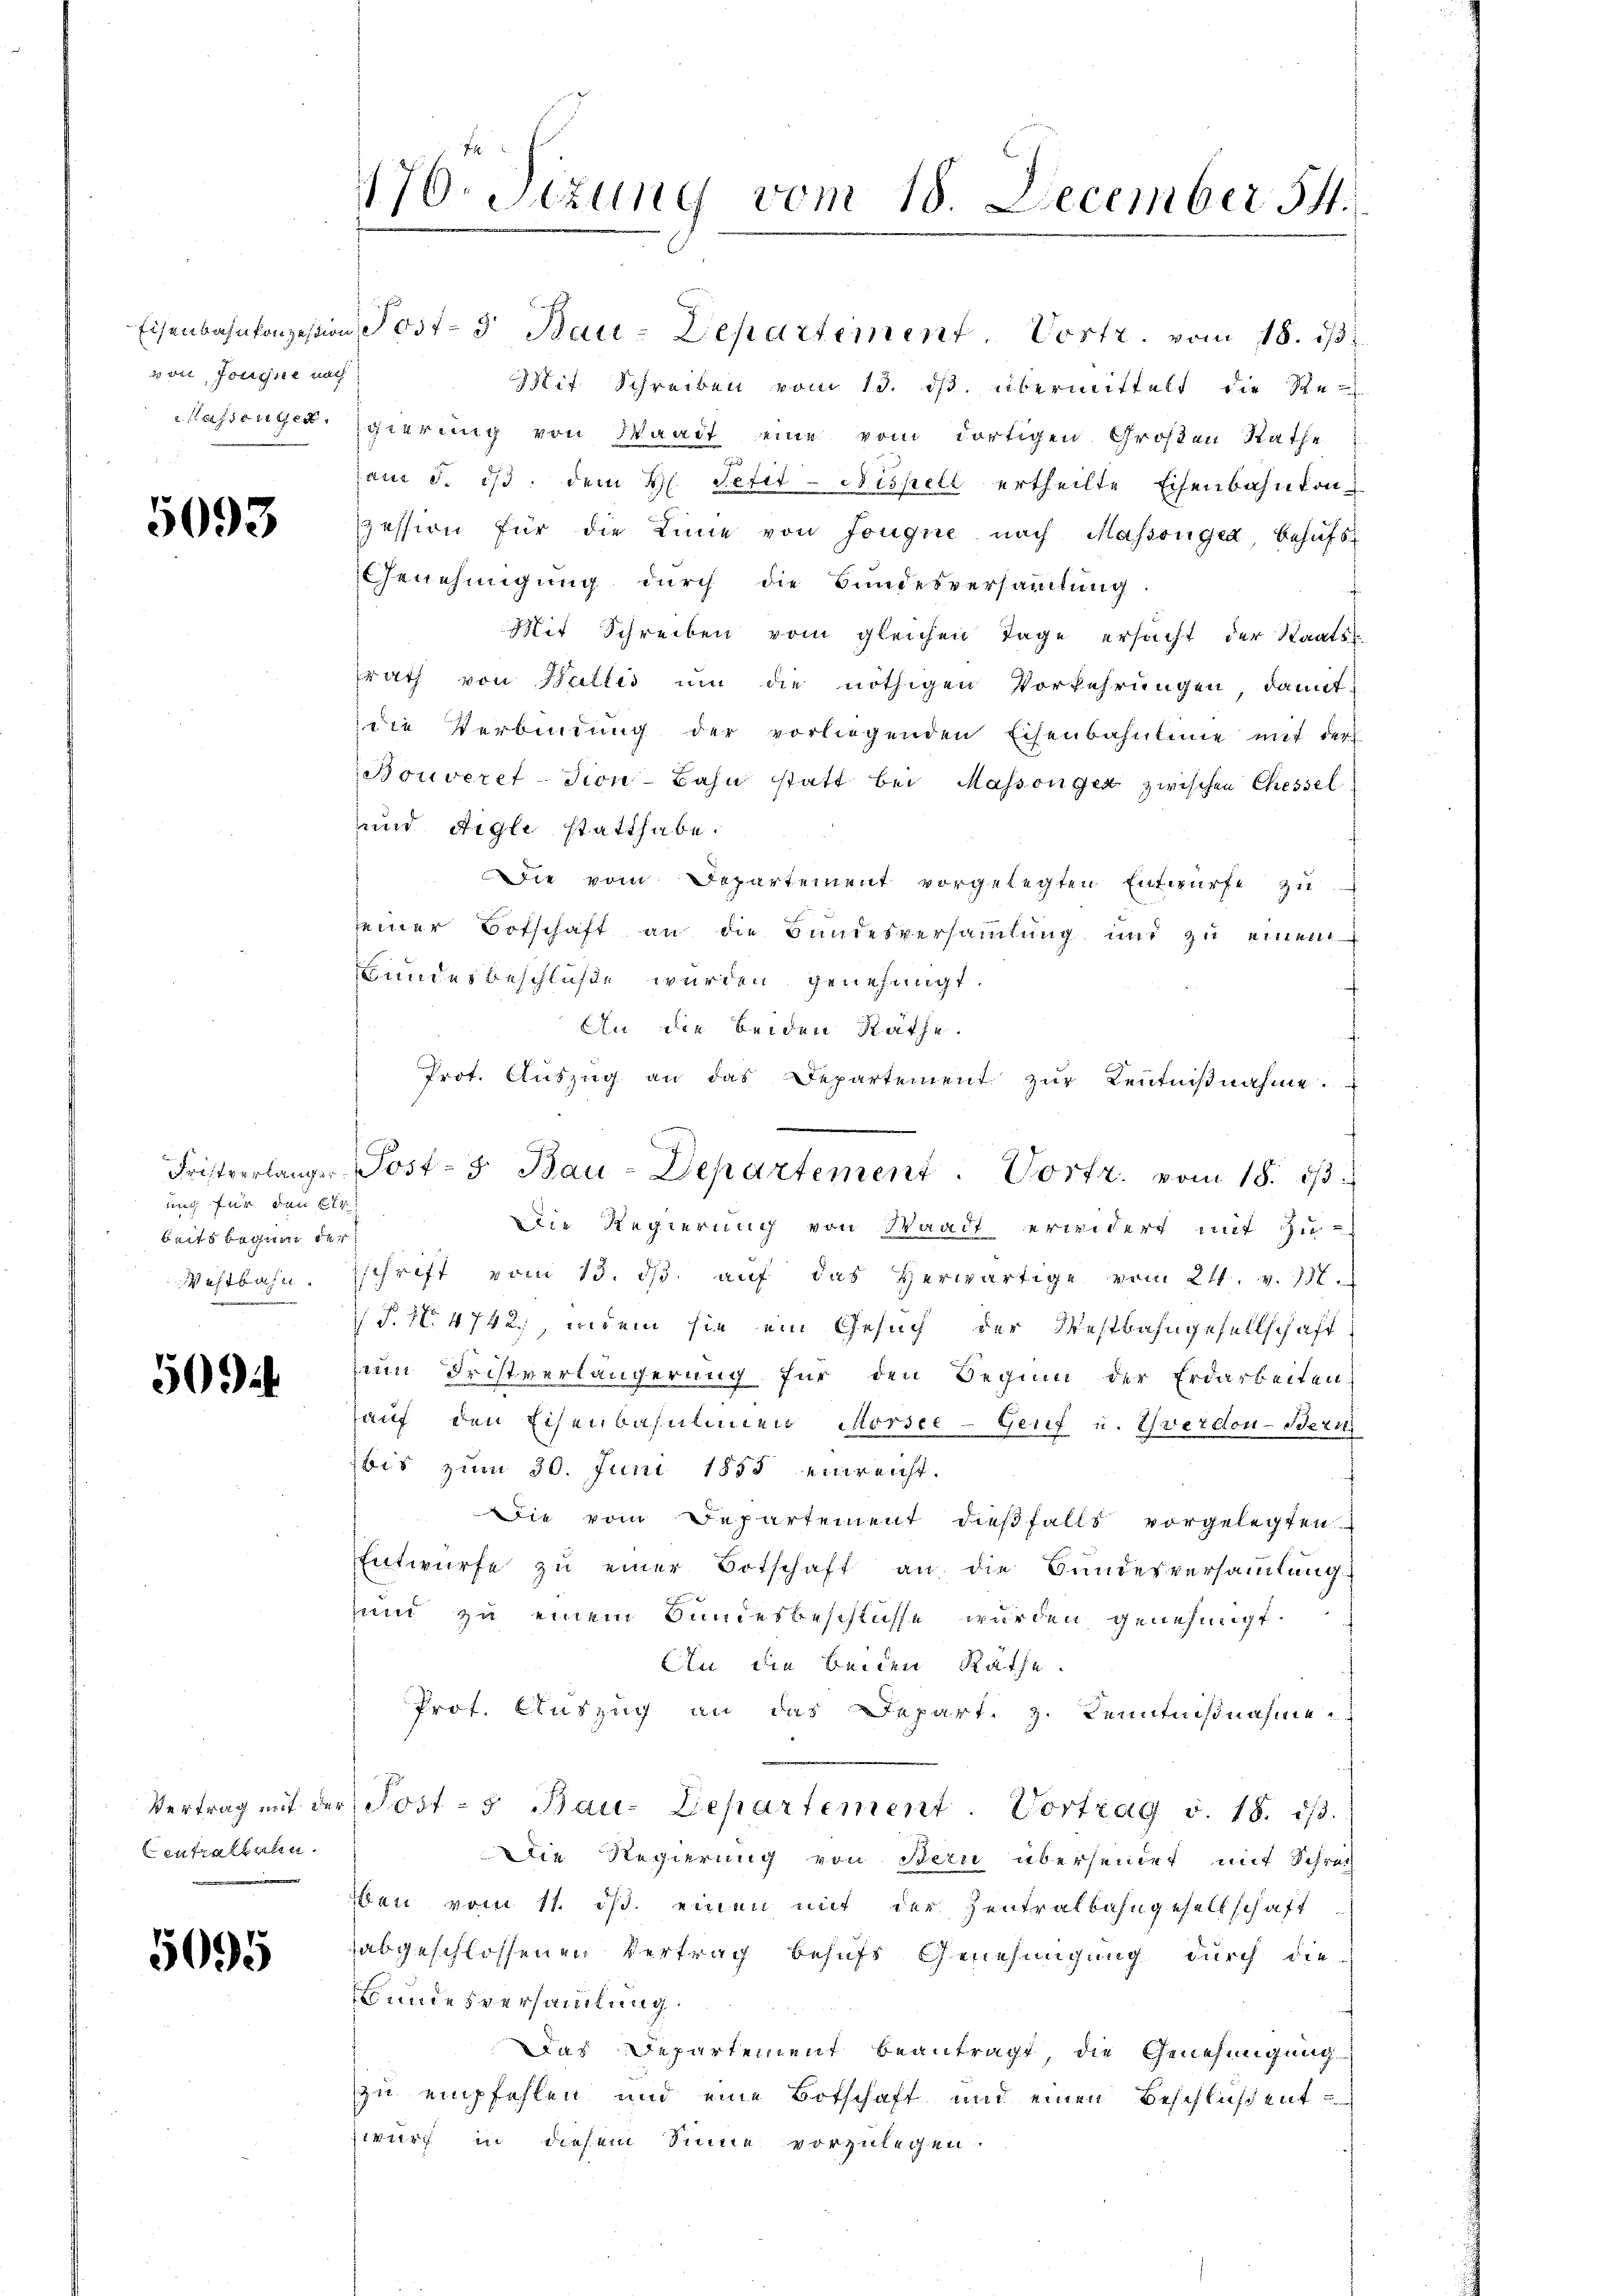
die Jossene nach

5093

ung für den Er
beits begann der
astbahn
d

50

Centraltalen.

5095

170. Sitzung vom 18. December 54.

Eisenbahnkonzession, Post- 3 Bau-Departement Vortr. vom 18. ds.
Mit Schreiben vom 13. ds. übermittelt die Re-
Nassenger, gierung von Waadt eine vom dortigen Großen Rathe
am 5. i. dem H. Petit-Nispell ertheilte Eisenbahnkonpession für die Linie von Fongue nach Massengen, behufs
Genehmigung durch die Bundesversaṁlŭng
Mit Schreiben vom gleichen Tage ersucht der Staats-
srath von Wallis um die nöthigen Vorkehrungen, damit
die Verbindung der vorliegenden Eisenbahnlinie mit der
Bonveret-Tion-Bahn statt bei Massonger zwischen Chessel
und Aigle statthabe.
Die vom Departement vorgelegten Entwurfe zu
seiner Botschaft an die Bundesversammlung und zu einem
undes beschlüße wurden genehmigt.
Die Regierung von Waadt erwidert mit Zu-
sschrift vom 13. ds. aŭf das herwärtige vom 21. v. 138.
js P. N. 4742, indem sie ein Gesuch der Westbahngesellschaft
um Fristverlängerung für den Beginn der Erdarbeiten
auf den Eisenbahnlinen Morsce- Genf u. Yverdon-Beri
bis zum 30. Juni 1855 einreicht.
Die vom Departement dießfalls vorgelegten
Entwürfe zŭ einer Botschaft an die Bundesversaṁlŭng
zum zu einem Bundesbeschlüsse wurden, genehmigt.
An die beiden Räthe.
Prof. Auszug an das Depart. 3. Kenntnißnahme
Vertrag mit der Post- u Bau-Departement. Vortrag v. 18. dβ.
Die Regierung von Bern übersendet mit Schrech
iben vom 11. ist. einen mit der Zentralbahngesellschaft
abgeschlossenen Vertrag behufs Genehmigung durch die-
wundesversammlung.
Das Departement beantragt, die Genehmigung
zu empfehlen und eine Botschaft und einen Beschlißent
zwert in diesem Sinne vorzulegen.

An die beiden Räthe.
Prot. Aŭszŭg an das Departement zŭr Bentniβnahme.
Fristverlanger Post- 3. Bau-Departement. Vortr. vom 18. dβ.